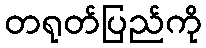
တရုတ်ပြည်ကို